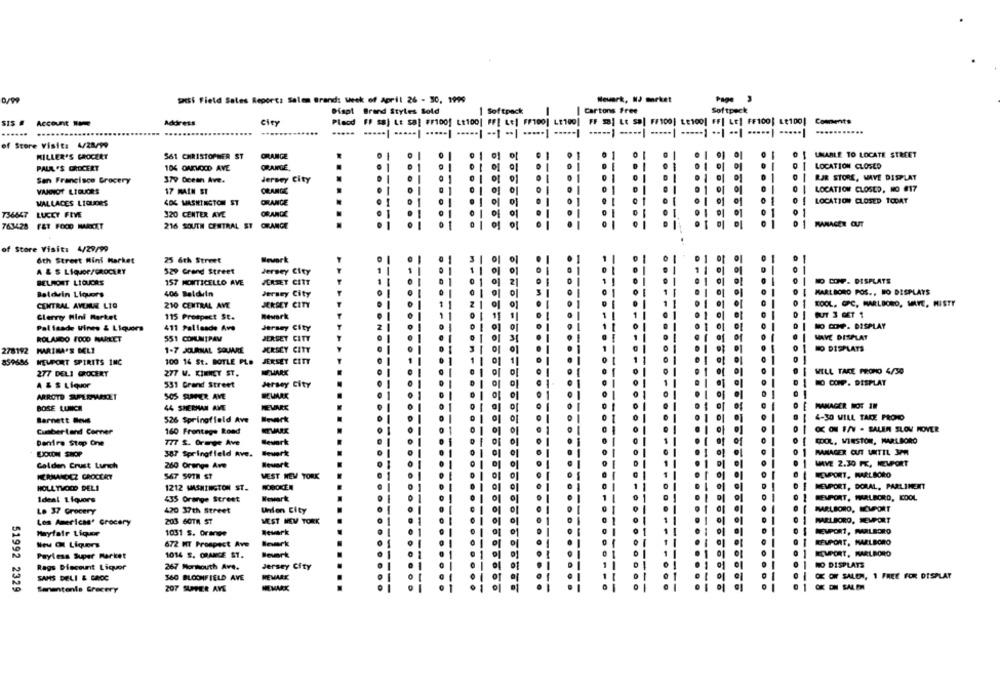
Sosi Field Sales Report: Salem Brand: week of April 26 - 30, 1999
rt, NJ meket
Page
Diapt Brand Styles Sold
| Softpack
| Cartons Free
Softpeck
Address
city
Placd FF s8) Le sa] #F1001 Lt100| FF[ Le| FF100] LE100| FF 38; Lt sa| F/100) te1001 FF| LE] FF100} LE100| Comments
......
.....
...
of Store Visit: 4/28/99
MILLER'S GROCERY
561 CHRISTOPHER ST
ORANGE
UNABLE TO LOCATE STREET
PAUL 'S GROCERT
ORANGE.
LOCATION CLOSED
104 QUEVOCD AVE
San Francisco Grocery
379 Ocean Ave.
Jersey City
RJR STORE, WAYE DISPLAY
VANNOT LIQUORS
17 MAIN ST
ORANGE
LOCATION CLOSED, NO #17
LOCATION CLOSED TODAT
WALLACES LIQUORS
4OG WASHINGTON ST
ORANGE
736647 LUCKY FIVE
320 CENTER AVL
ORANGE
. 1
763428 FET FOOD MARKET
216 SOUTH CENTRAL ST ORANGE
MANAGER OUT
of Store Visit: 4/29/99
6th Street Mini Market
25 6th Street
Wework
A & S LÍQJOE/GROCERY
Jersey City
529 Grand Street
BELMONT LIQUORS
157 MONTICELLO AVE
JEKTET CITT
DCOF. DISPLATE
Jersey City
MARLBORO POS ., HO DISPLAYS
Baldwin Liquors
406 Baldwin
CENTRAL AVEME LIG
210 CENTRAL AVE
JERSEY CITY
KOOL. GPC, MARLBORO, MAYE, MISTY
Glerryy Mini Market
115 Prospect St.
Newark
Jersey City
NO COP. DISPLAY
Pal fsade Vines & Liquors
411 Pallesde Ave
ROLANDO FOOD MARKET
551 COMUNIPAY
JERSEY CITY
HAVE DISPLAY
278192
MARINA'S MELI
1-7 JOURNAL SQUARE
JERSEY CITY
NO DISPLAYS
100 14 St. BOTLE PL.
JERSEY CITY
859686
NEWPORT SPIRITS INC
277 DELI GROCERY
277 W. KINNEY ST.
WHARK
WILL TAKE PROMO 4/30
DO COMP. DISPLAY
A & S Liquor
531 Grand Street
Jersey City
ARROTO SUPLEMERET
505 SUMMER AVE
BOSE LUNCH
44 SHERMAN AME
MEWARE
MANAGER NOT IN
4-30 WILL TAKE PRONO
Barnett Beus
526 Springfield Ave
OO F -SALEM SLOV MOVER
Cumber Land Corner
160 Frontage Road
Denira Stop One
777 S. Orange Ave
Bevark
COOL, VINSTOR, MARLBORO
EXXON SHOP
387 Springfield AVe.
MANAGER OUT UNTIL 3PM
Golden Crust Lunch
260 Orange Ave
Howert
WAVE 2.30 FK, NEWPORT
HERNANDEZ GROCERY
567 SOTH ST
MEST NEW YORK
FCMPORT, MARLBORO
NEWPORT, DORAL, PARLIMENT
HOLL TIRED DELA
1212 WASHINGTON ST.
Ideal Liquors
435 Orange Street
Newark
NEWPORT, PMARLBORO, KOOL
Le 37 Grocery
420 37th Street
Union City
MARLBORO, SUPPORT
203 60TH ST
MEST NEW YORK
MARLBORO, MEUPORT
Los Americas' Grocery
Mayfair Liquor
1031 s. orange
Newark
MEUPORT, PARLEGRO
REMPORT, MARLBORO
New Ol Liquors
672 MT Prospect Ave
11
Payless Super Market
1014 S. ORANGE ST.
Bevart
CUPORT, MARLBORO
Rags Discount Liquor
267 Mormouth Ave.
Jersey City
NO DISPLATS
REMARK
CE OF SALEM, 1 FREE FOR DISPLAY
SAMS DELI & GROC
360 BLOOMFIELD AVE
51992 2329
Sanentente Grocery
207 SUPPER AVE
OK ON SALEM